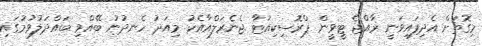
މިގޮތަށް އެދިފައިވަނީ ރާއްޖެ ޓީވީން ޕްރޮސިކިއުޓާ ޖެނެރަލްއާއެކު މިއަދު ހެނދުނު ބޭއްވި ބައްދަލުވުމުގައި